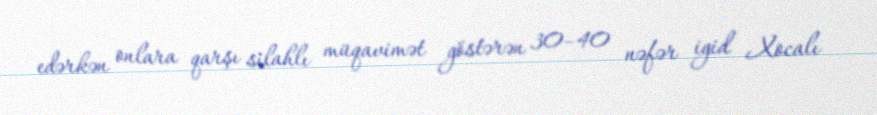
edərkən onlara qarşı silahlı müqavimət göstərən 30–40 nəfər igid Xocalı